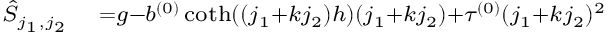
\begin{array} { r l } { { \scriptstyle \hat { S } _ { j _ { 1 } , j _ { 2 } } } } & { { } { \scriptstyle = g - b ^ { ( 0 ) } \coth ( ( j _ { 1 } + k j _ { 2 } ) h ) ( j _ { 1 } + k j _ { 2 } ) + \tau ^ { ( 0 ) } ( j _ { 1 } + k j _ { 2 } ) ^ { 2 } } } \end{array}